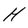
Character: H